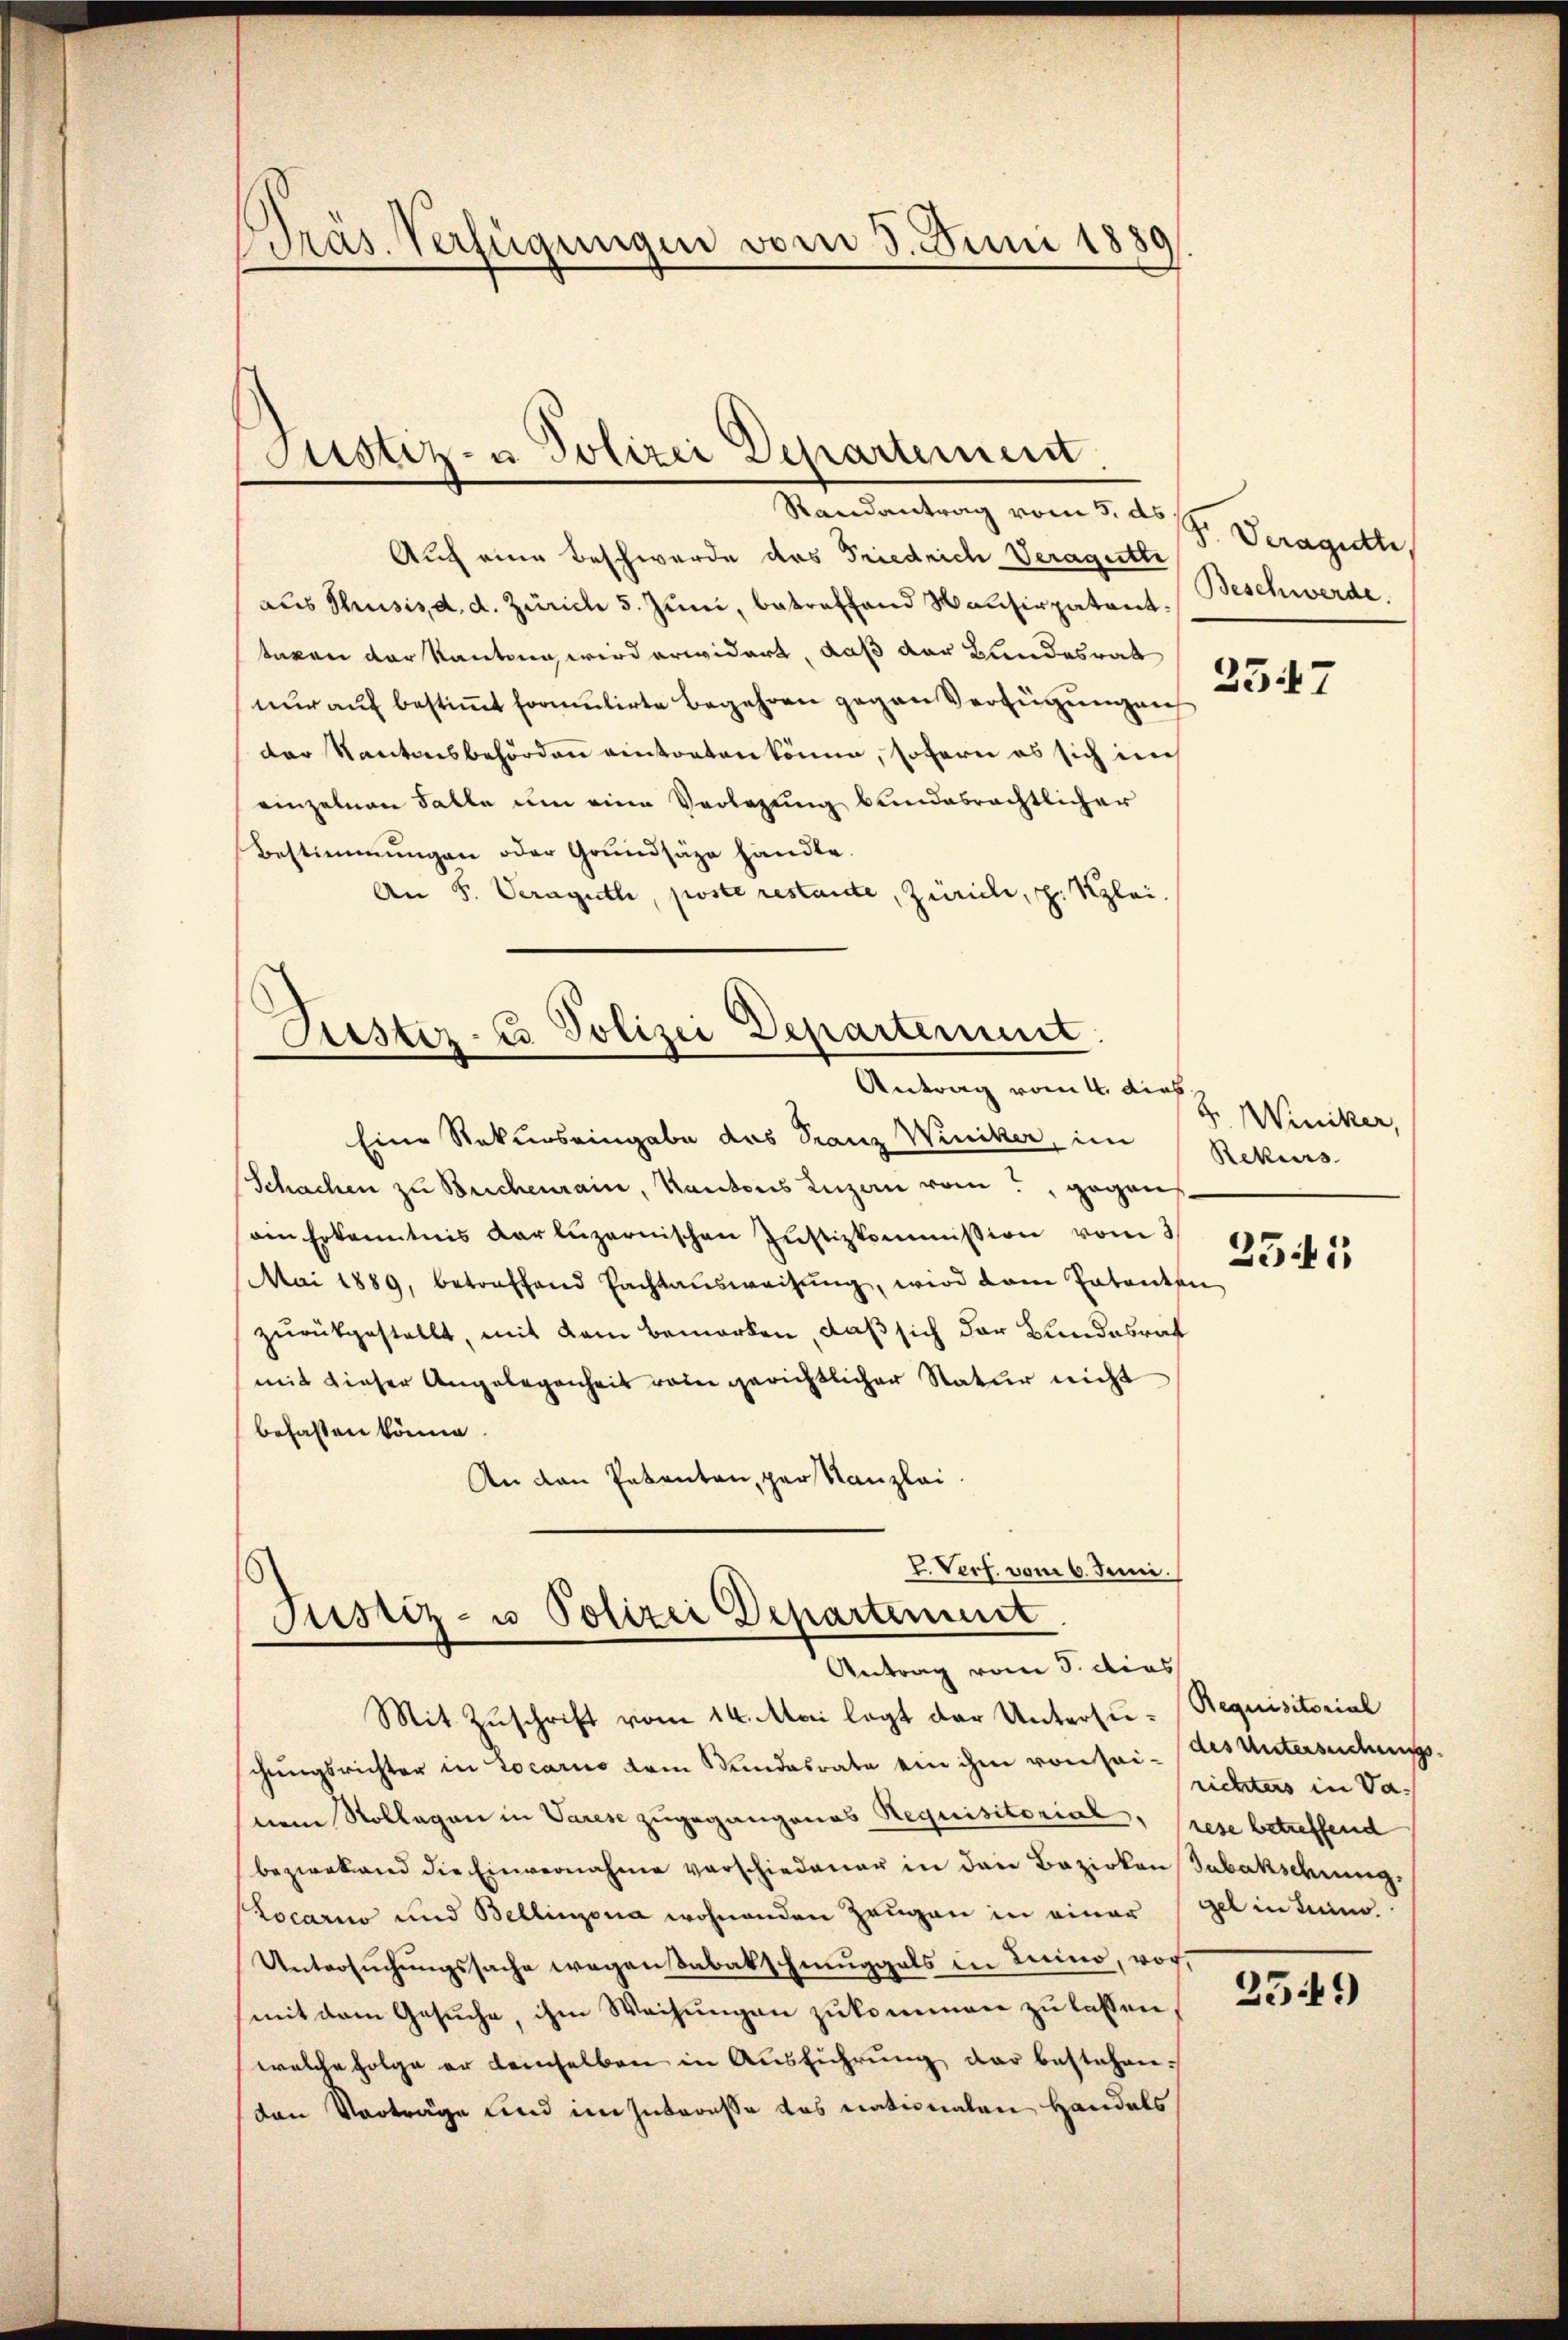
Präs. Verfügungen vom 3. Juni 1880

Mandantrag vom 5. d. h. Veregelte,
Auch eine Beschwerde das Friedrich Veragutte
aus Thusis d. d. Zürich 5. Juni, betreffend Hausirpatent.
taxen der Kanton wird erwidert, daß der Bundesrat
nur auf bestiṁt formulirte begehren gegen Verfügungen
der Kantonsbehörden eintorten könne, sofern es sich in
einzelnen Falle um eine Verlegung bundesrechtlicher
Bestimmungen oder Grundsäze handle.
An F. Veraguth, poste restante, Zürich, z. Kzlei.

Justiz- u Polizei Departement

Piester-Es Polizei Departement.
Antrag vom 4. dies

Eine Rekurs eingabe das Franz Winiker, im Rekurs-
Schachen zu Brechenrain, Kantons Luzern vom gegen
ain Erkenntnis dar luzernischen Justizkommission vom 3
Mai 1889, betreffend Pachtaŭsweisŭng, wird dem Entanten
zurückgestellt, mit dem Bemerken, daß sich der Bundesrat
mit dieser Angelegenheit rein gerichtlicher Natur nicht
befasten könne.
An den Petenten, par Kanzlei.
L. Verf. vom 6. Juni.

Justiz- u Polizei Departement
Antrag vom 5. dies

Mit Zuschrift vom 14. Mai legt der Untersu-Requisitorial
chungsrichter in Locarno dem Bundesrate ein ihm von sei- des Untersuchungsnem Vollegen in Varese zugegangenes Requisitorial, rese betreffend
bezirkend die Einvernahme verschiedener in den Bezirken Tabakschung.
Locario und Bellinzona wohnenden Zeugen in einer
Untersuchungssache wegen Tabakschmuggals in Luino, vor,
mit dem Gesuche, ihm Weisungen zukommen zu lassen
welche folge er demselben in Ausführung der bestehen.
von Vorträge und im Interesse das nationalen Handels

Beschwerde.

2547

F. Winiker,
2545

richters in Vagel in sein.

259